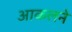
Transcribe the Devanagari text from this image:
आकलने